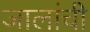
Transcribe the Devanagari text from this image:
जालांची